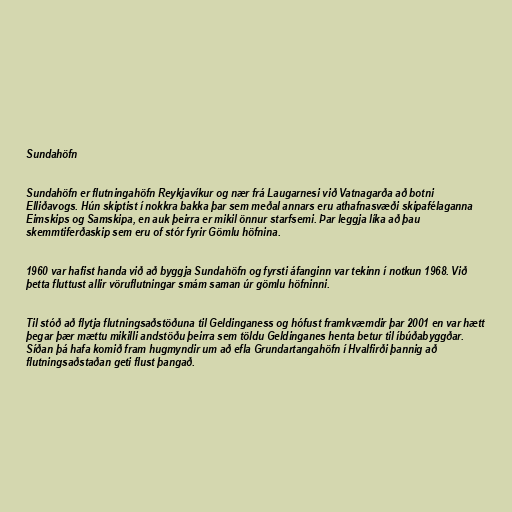
Sundahöfn

Sundahöfn er flutningahöfn Reykjavíkur og nær frá Laugarnesi við Vatnagarða að botni
Elliðavogs. Hún skiptist í nokkra bakka þar sem meðal annars eru athafnasvæði skipafélaganna
Eimskips og Samskipa, en auk þeirra er mikil önnur starfsemi. Þar leggja líka að þau
skemmtiferðaskip sem eru of stór fyrir Gömlu höfnina.

1960 var hafist handa við að byggja Sundahöfn og fyrsti áfanginn var tekinn í notkun 1968. Við
þetta fluttust allir vöruflutningar smám saman úr gömlu höfninni.

Til stóð að flytja flutningsaðstöðuna til Geldinganess og hófust framkvæmdir þar 2001 en var hætt
þegar þær mættu mikilli andstöðu þeirra sem töldu Geldinganes henta betur til íbúðabyggðar.
Síðan þá hafa komið fram hugmyndir um að efla Grundartangahöfn í Hvalfirði þannig að
flutningsaðstaðan geti flust þangað.